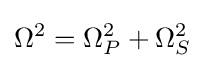
\Omega ^{2}=\Omega _{P}^{2}+\Omega _{S}^{2}